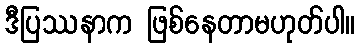
ဒီပြဿနာက ဖြစ်နေတာမဟုတ်ပါ။